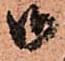
御